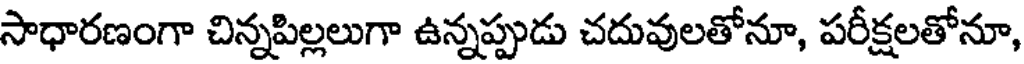
సాధారణంగా చిన్నపిల్లలుగా ఉన్నప్పుడు చదువులతోనూ, పరీక్షలతోనూ,